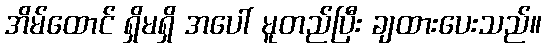
အိမ်ထောင် ရှိမရှိ အပေါ် မူတည်ပြီး ချထားပေးသည်။